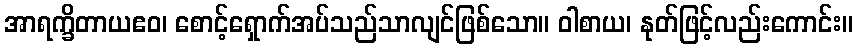
အာရက္ခိတာယဧဝ၊ စောင့်ရှောက်အပ်သည်သာလျင်ဖြစ်သော။ ဝါစာယ၊ နုတ်ဖြင့်လည်းကောင်း။